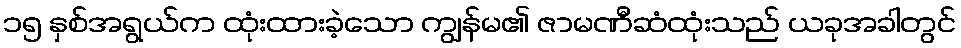
၁၅ နှစ်အရွယ်က ထုံးထားခဲ့သော ကျွန်မ၏ ဇာမဏီဆံထုံးသည် ယခုအခါတွင်